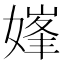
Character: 𱙣